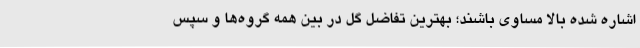
اشاره شده بالا مساوی باشند؛ بهترین تفاضل گل در بین همه گروه‌ها و سپس